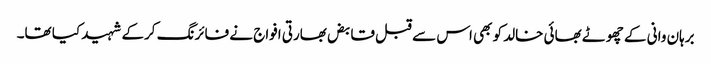
برہان وانی کے چھوٹے بھائی خالد کو بھی اس سے قبل قابض بھارتی افواج نے فائرنگ کرکے شہید کیا تھا۔